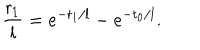
LaTeX: \frac { { \sf r } _ { 1 } } { l } = e ^ { - { \sf t } _ { 1 } / l } - e ^ { - { \sf t } _ { 0 } / l } .